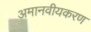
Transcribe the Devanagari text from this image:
अमानवीयकरण